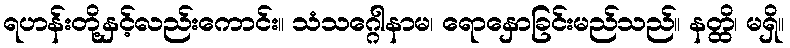
ရဟန်းတို့နှင့်လည်းကောင်း။ သံသဂ္ဂေါနာမ၊ ရောနှောခြင်းမည်သည်။ နတ္ထိ၊ မရှိ။